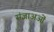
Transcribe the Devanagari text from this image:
संज्ञाअओं